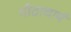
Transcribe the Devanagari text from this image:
पीठाचार्य